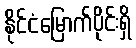
နိုင်ငံမြောက်ပိုင်းရှိ